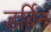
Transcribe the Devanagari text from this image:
डर्बिन